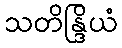
သတိန္ဒြိယံ